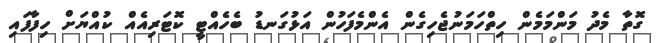
ގޮތާ މެދު މަންމަމެން ހިތްހަމަނުޖެހިގެން އެންމެފަހުން އަޅުގަނޑު ބެހެއްޓީ ކޮޓަރިއެއް ކުއްޔަށް ހިފާފައި